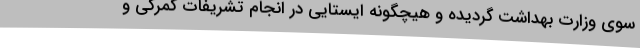
سوی وزارت بهداشت گردیده و هیچگونه ایستایی در انجام تشریفات گمرکی و